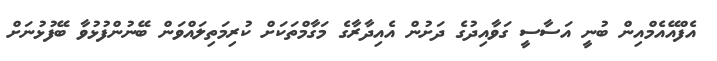
އެފްއޭއެމްއިން ބުނީ އަސާސީ ގަވާއިދުގެ ދަށުން އެއިދާރާގެ މަގާމްތަކަށް ކުރިމަތިލައްވަން ބޭނުންފުޅުވާ ބޭފުޅުނަށް